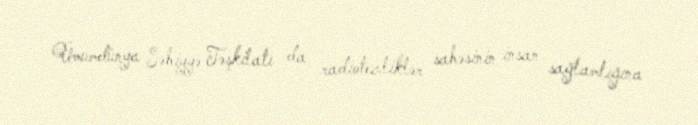
Ümumdünya Səhiyyə Təşkilatı da radiotezliklər sahəsinin insan sağlamlığına